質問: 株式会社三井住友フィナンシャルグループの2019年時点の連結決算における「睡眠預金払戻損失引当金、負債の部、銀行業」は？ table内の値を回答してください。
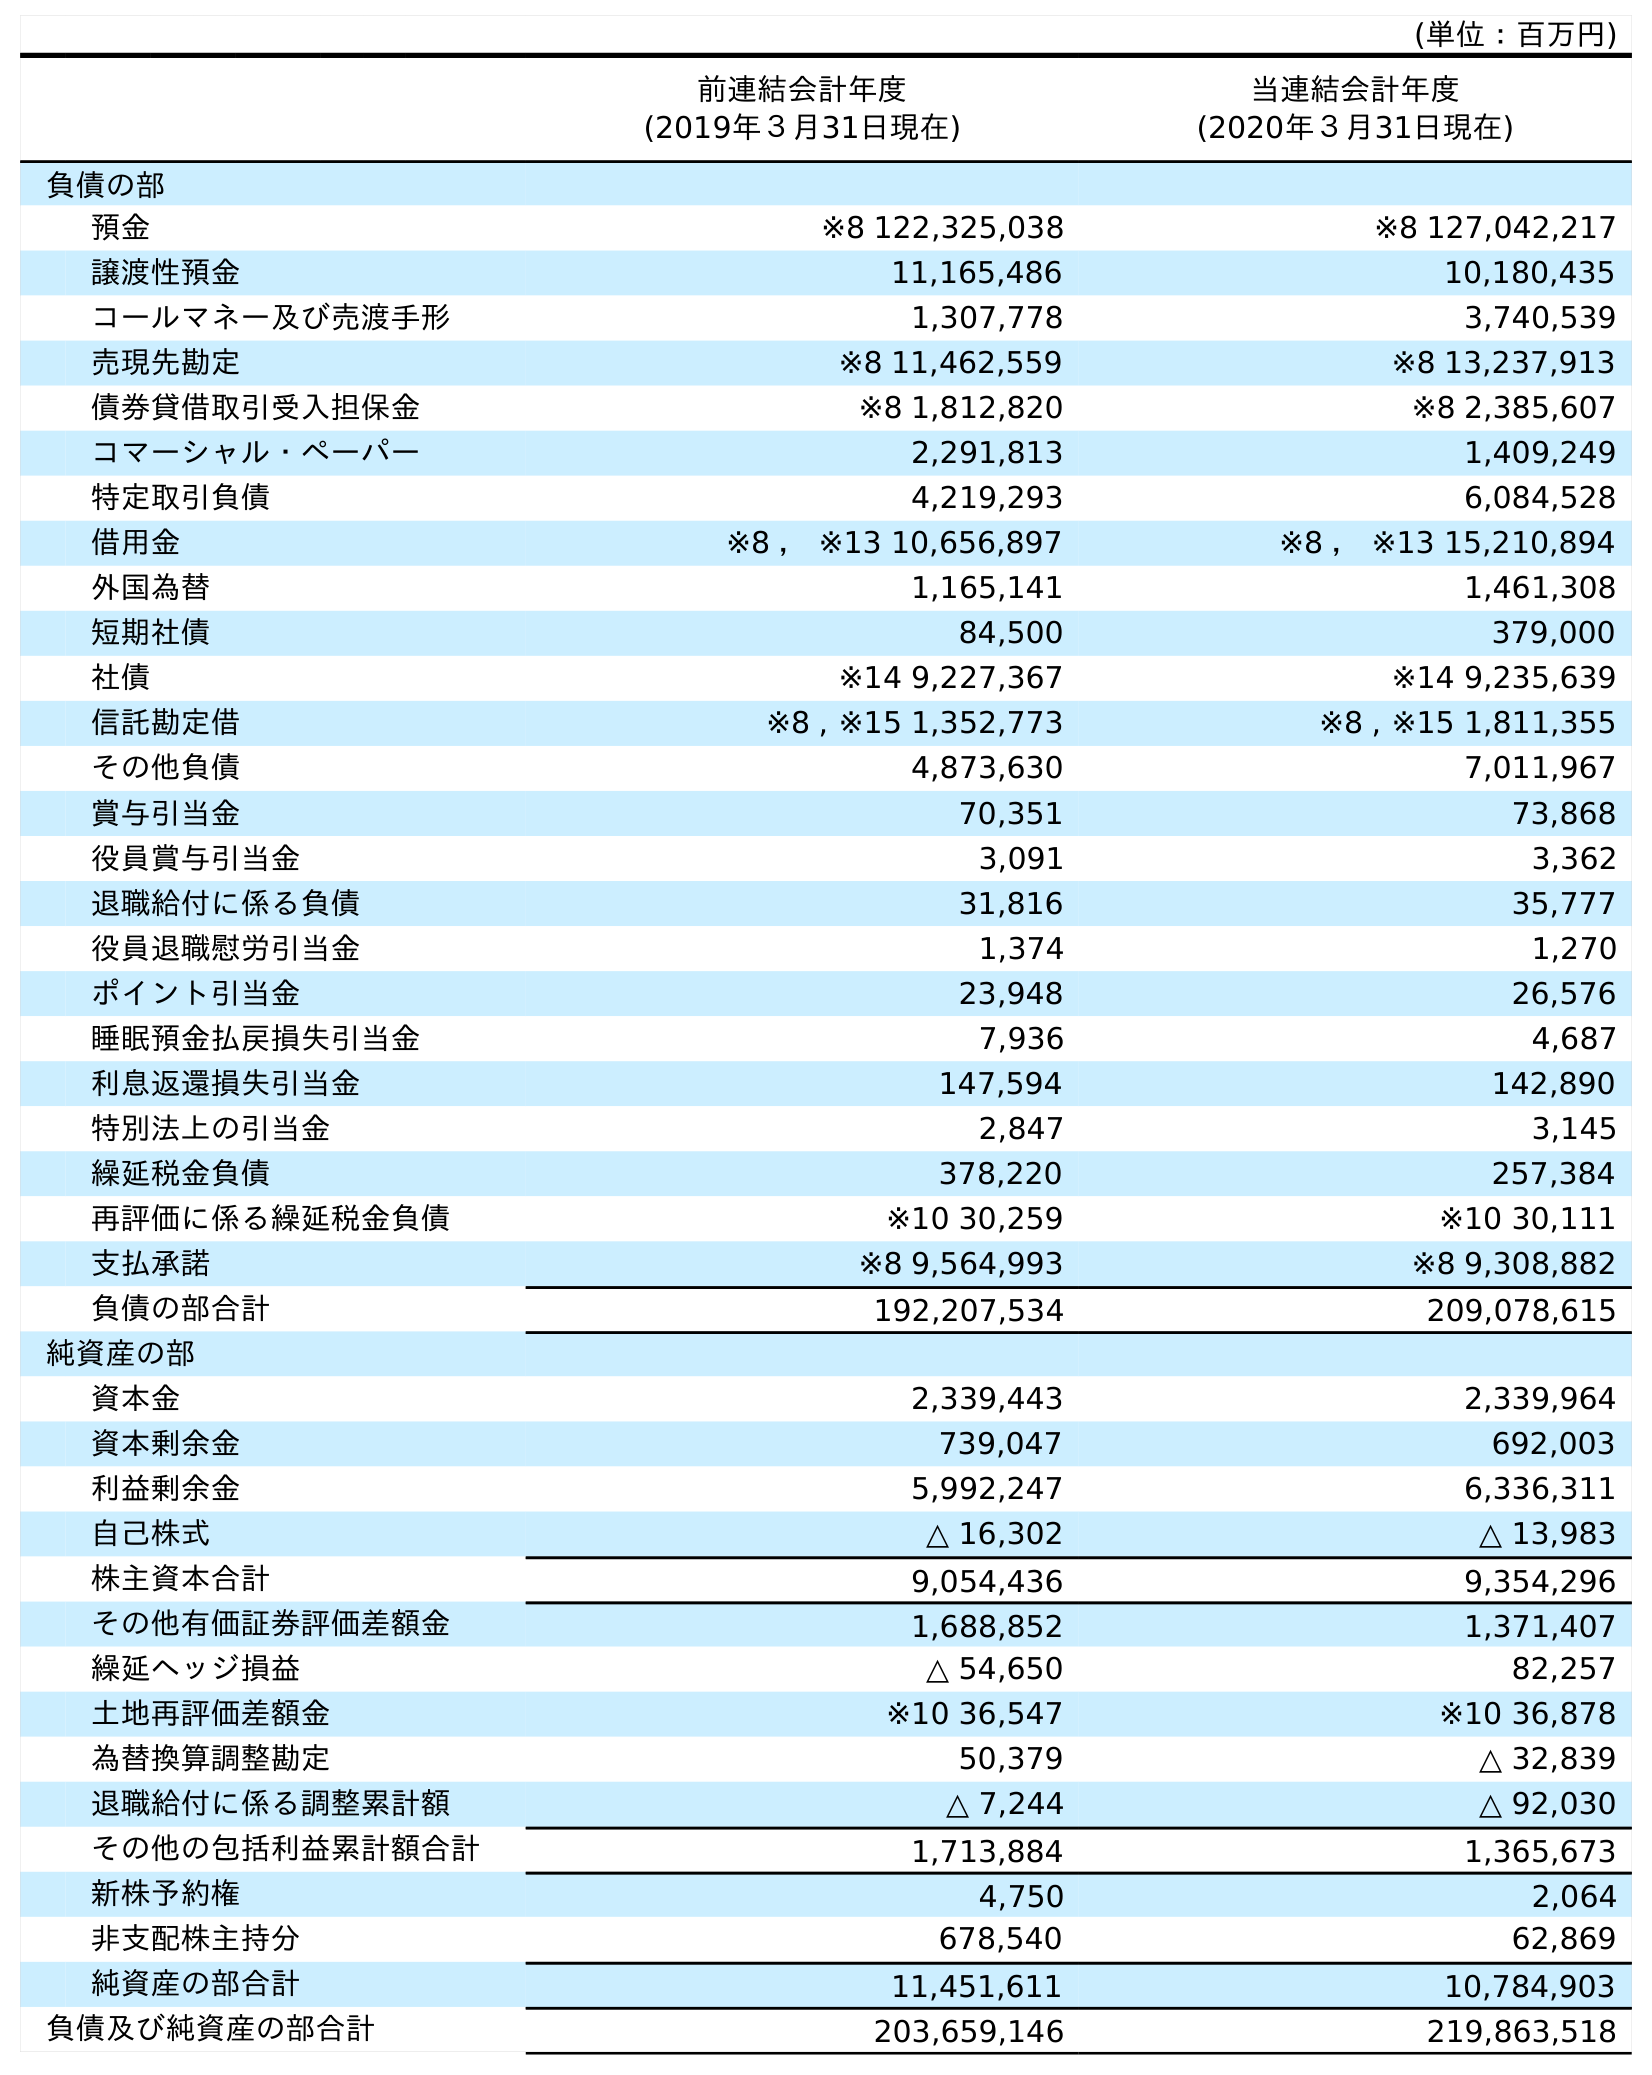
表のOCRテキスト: (単位：百万円) 前連結会計年度 (2019年３月31日現在) 当連結会計年度 (2020年３月31日現在) 負債の部 預金 ※8 122,325,038 ※8 127,042,217 譲渡性預金 11,165,486 10,180,435 コールマネー及び売渡手形 1,307,778 3,740,539 売現先勘定 ※8 11,462,559 ※8 13,237,913 債券貸借取引受入担保金 ※8 1,812,820 ※8 2,385,607 コマーシャル・ペーパー 2,291,813 1,409,249 特定取引負債 4,219,293 6,084,528 借用金 ※8 ， ※13 10,656,897 ※8 ， ※13 15,210,894 外国為替 1,165,141 1,461,308 短期社債 84,500 379,000 社債 ※14 9,227,367 ※14 9,235,639 信託勘定借 ※8 , ※15 1,352,773 ※8 , ※15 1,811,355 その他負債 4,873,630 7,011,967 賞与引当金 70,351 73,868 役員賞与引当金 3,091 3,362 退職給付に係る負債 31,816 35,777 役員退職慰労引当金 1,374 1,270 ポイント引当金 23,948 26,576 睡眠預金払戻損失引当金 7,936 4,687 利息返還損失引当金 147,594 142,890 特別法上の引当金 2,847 3,145 繰延税金負債 378,220 257,384 再評価に係る繰延税金負債 ※10 30,259 ※10 30,111 支払承諾 ※8 9,564,993 ※8 9,308,882 負債の部合計 192,207,534 209,078,615 純資産の部 資本金 2,339,443 2,339,964 資本剰余金 739,047 692,003 利益剰余金 5,992,247 6,336,311 自己株式 △ 16,302 △ 13,983 株主資本合計 9,054,436 9,354,296 その他有価証券評価差額金 1,688,852 1,371,407 繰延ヘッジ損益 △ 54,650 82,257 土地再評価差額金 ※10 36,547 ※10 36,878 為替換算調整勘定 50,379 △ 32,839 退職給付に係る調整累計額 △ 7,244 △ 92,030 その他の包括利益累計額合計 1,713,884 1,365,673 新株予約権 4,750 2,064 非支配株主持分 678,540 62,869 純資産の部合計 11,451,611 10,784,903 負債及び純資産の部合計 203,659,146 219,863,518
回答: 7,936